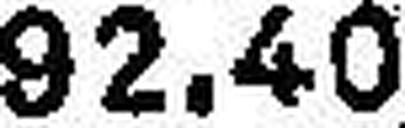
92.40